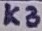
Text: K3